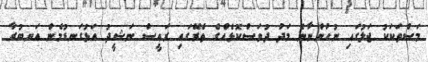
މަސްތަކަކު ޖަލުގައި ނުހުންނާނެ މަދު ދުވަސްކޮޅެއްގެ ތެރޭގައި ރައީސް ނަޝީދު އަޅުގަނޑުމެން އަނބުރާ